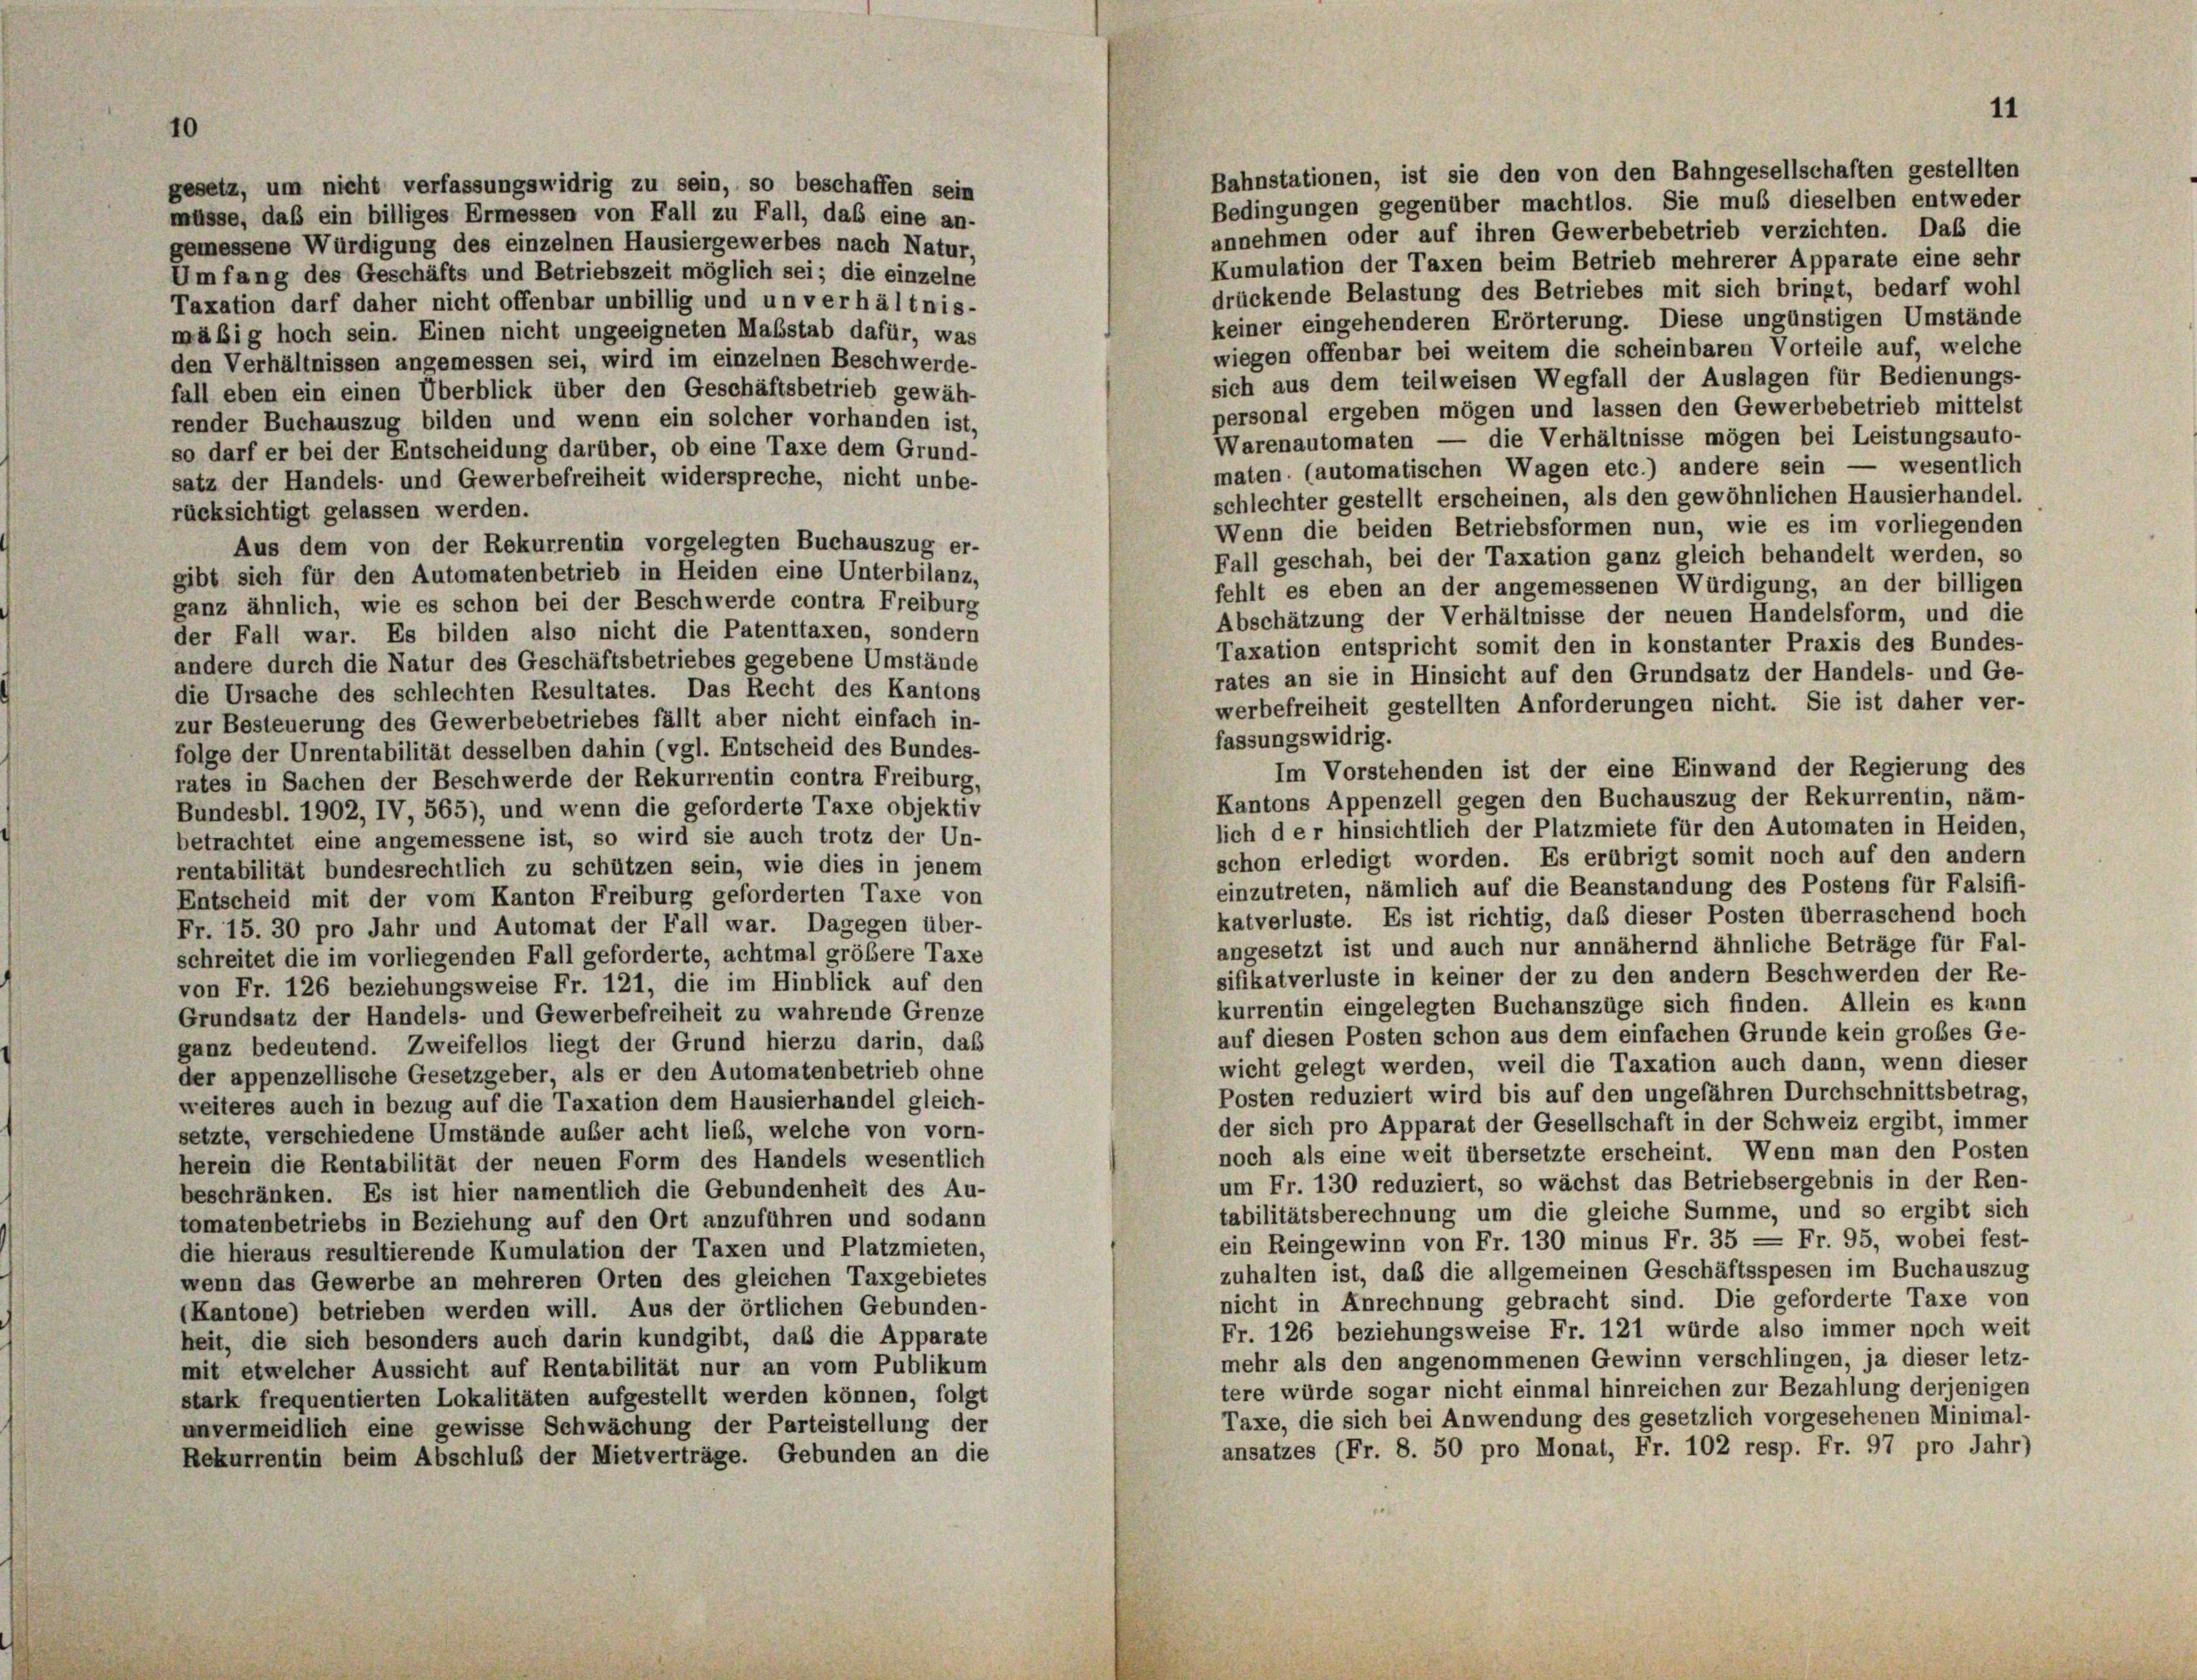
Bahnstationen, ist sie den von den Bahngesellschaften gestellten
gesetz, um nicht verfassungswidrig zu sein, so beschaffen sein
Bedingungen gegenüber machtlos. Sie muß dieselben entweder
müsse, daß ein billiges Ermessen von Fall zu Fall, das eine an-
annehmen oder auf ihren Gewerbebetrieb verzichten. Das die
gemessene Würdigung des einzelnen Hausiergewerbes nach Natur,
Kumulation der Taxen beim Betrieb mehrerer Apparate eine sehr
Umfang des Geschäfts und Betriebszeit möglich sei; die einzelne
drückende Belastung des Betriebes mit sich bringt, bedarf wohl
Taxation darf daher nicht offenbar unbillig und un verhältnis-
keiner eingehenderen Erörterung. Diese ungünstigen Umstände
mäßig hoch sein. Einen nicht ungeeigneten Maßstab dafür, was
wiegen offenbar bei weitem die scheinbaren Vorteile auf, welche
den Verhältnissen angemessen sei, wird im einzelnen Beschwerde-
sich aus dem teilweisen Wegfall der Auslagen für Bedienungs-
fall eben ein einen Überblick über den Geschäftsbetrieb gewäh-
personal ergeben mögen und lassen den Gewerbebetrieb mittelst
render Buchauszug bilden und wenn ein solcher vorhanden ist,
Warenautomaten — die Verhältnisse mögen bei Leistungsauto-
so darf er bei der Entscheidung darüber, ob eine Taxe dem Grund-
maten (automatischen Wagen etc.) andere sein — wesentlich
satz der Handels- und Gewerbefreiheit widerspreche, nicht unbe-
schlechter gestellt erscheinen, als den gewöhnlichen Hausierhandel-
rücksichtigt gelassen werden.
Wenn die beiden Betriebsformen nun, wie es im vorliegenden
Aus dem von der Rekurrentin vorgelegten Buchauszug er-
Fall geschah, bei der Taxation ganz gleich behandelt werden, so
gibt sich für den Automatenbetrieb in Heiden eine Unterbilanz,
fehlt es eben an der angemessenen Würdigung, an der billigen
ganz ähnlich, wie es schon bei der Beschwerde contra Freiburg
Abschätzung der Verhältnisse der neuen Handelsform, und die
der Fall war. Es bilden also nicht die Patenttaxen, sondern
Taxation entspricht somit den in konstanter Praxis des Bundes-
andere durch die Natur des Geschäftsbetriebes gegebene Umstände
rates an sie in Hinsicht auf den Grundsatz der Handels- und Ge-
die Ursache des schlechten Resultates. Das Recht des Kantons
werbefreiheit gestellten Anforderungen nicht. Sie ist daher ver-
zur Besteuerung des Gewerbebetriebes fällt aber nicht einfach in-
fassungswidrig.
folge der Unrentabilität desselben dahin (vgl. Entscheid des Bundes-
Im Vorstehenden ist der eine Einwand der Regierung des
rates in Sachen der Beschwerde der Rekurrentin contra Freiburg,
Kantons Appenzell gegen den Buchauszug der Rekurrentin, näm-
Bundesbl. 1902, IV, 565), und wenn die geforderte Taxe objektiv
lich der hinsichtlich der Platzmiete für den Automaten in Heiden
betrachtet eine angemessene ist, so wird sie auch trotz der Un-
schon erledigt worden. Es erübrigt somit noch auf den andern
rentabilität bundesrechtlich zu schützen sein, wie dies in jenem
einzutreten, nämlich auf die Beanstandung des Postens für Falsifi-
Entscheid mit der vom Kanton Freiburg geforderten Taxe von
katverluste. Es ist richtig, daß dieser Posten überraschend hoch
Fr. 15. 30 pro Jahr und Automat der Fall war. Dagegen über-
angesetzt ist und auch nur annähernd ähnliche Beträge für Fal-
schreitet die im vorliegenden Fall geforderte, achtmal größere Taxe
sifikatverluste in keiner der zu den andern Beschwerden der Re-
von Fr. 126 beziehungsweise Fr. 121, die im Hinblick auf den
kurrentin eingelegten Buchanszüge sich finden. Allein es kann
Grundsatz der Handels- und Gewerbefreiheit zu wahrende Grenze
auf diesen Posten schon aus dem einfachen Grunde kein großes Ge-
ganz bedeutend. Zweifellos liegt der Grund hierzu darin, daß
wicht gelegt werden, weil die Taxation auch dann, wenn dieser
der appenzellische Gesetzgeber, als er den Automatenbetrieb ohne
Posten reduziert wird bis auf den ungefähren Durchschnittsbetrag,
weiteres auch in bezug auf die Taxation dem Hausierhandel gleich-
der sich pro Apparat der Gesellschaft in der Schweiz ergibt, immer
setzte, verschiedene Umstände außer acht ließ, welche von vorn-
noch als eine weit übersetzte erscheint. Wenn man den Posten
herein die Rentabilität der neuen Form des Handels wesentlich
um Fr. 130 reduziert, so wächst das Betriebsergebnis in der Ren-
beschränken. Es ist hier namentlich die Gebundenheit des Au-
tabilitätsberechnung um die gleiche Summe, und so ergibt sich
tomatenbetriebs in Beziehung auf den Ort anzuführen und sodann
ein Reingewinn von Fr. 130 minus Fr. 35 = Fr. 95, wobei fest-
die hieraus resultierende Kumulation der Taxen und Platzmieten,
zuhalten ist, daß die allgemeinen Geschäftsspesen im Buchauszug
wenn das Gewerbe an mehreren Orten des gleichen Taxgebietes
nicht in Anrechnung gebracht sind. Die geforderte Taxe von
(Kantone) betrieben werden will. Aus der örtlichen Gebunden-
Fr. 126 beziehungsweise Fr. 121 würde also immer noch weit
heit, die sich besonders auch darin kundgibt, daß die Apparate
mehr als den angenommenen Gewinn verschlingen, ja dieser letz-
mit etwelcher Aussicht auf Rentabilität nur an vom Publikum
tere würde sogar nicht einmal hinreichen zur Bezahlung derjenigen
stark frequentierten Lokalitäten aufgestellt werden können, folgt
Taxe, die sich bei Anwendung des gesetzlich vorgesehenen Minimal-
unvermeidlich eine gewisse Schwächung der Parteistellung der
ansatzes (Fr. 8. 50 pro Monat, Fr. 102 resp. Fr. 97 pro Jahr)
Rekurrentin beim Abschluß der Mietverträge. Gebunden an die